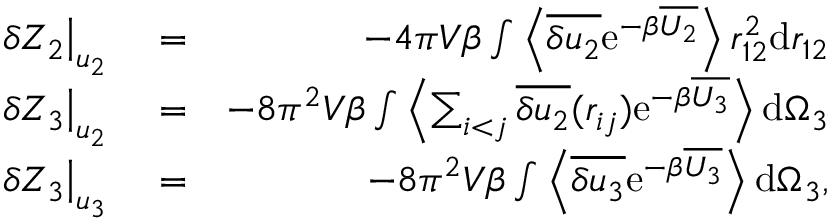
\begin{array} { r l r } { \left. \delta Z _ { 2 } \right| _ { u _ { 2 } } } & { { } = } & { - 4 \pi V \beta \int \left\langle \overline { { \delta u _ { 2 } } } \mathrm { e } ^ { - \beta \overline { { U _ { 2 } } } } \right\rangle r _ { 1 2 } ^ { 2 } \mathrm { d } r _ { 1 2 } } \\ { \left. \delta Z _ { 3 } \right| _ { u _ { 2 } } } & { { } = } & { - 8 \pi ^ { 2 } V \beta \int \left\langle \sum _ { i < j } \overline { { \delta u _ { 2 } } } ( r _ { i j } ) \mathrm { e } ^ { - \beta \overline { { U _ { 3 } } } } \right\rangle \mathrm { d } \Omega _ { 3 } } \\ { \left. \delta Z _ { 3 } \right| _ { u _ { 3 } } } & { { } = } & { - 8 \pi ^ { 2 } V \beta \int \left\langle \overline { { \delta u _ { 3 } } } \mathrm { e } ^ { - \beta \overline { { U _ { 3 } } } } \right\rangle \mathrm { d } \Omega _ { 3 } , } \end{array}